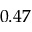
0 . 4 7